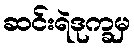
ဆင်းရဲဒုက္ခမှ